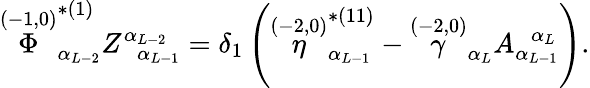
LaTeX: \stackrel{(-1,0)}{\Phi}_{\alpha_{L-2}}^{*(1)}Z_{\; \; \alpha_{L-1}}^{\alpha_{L-2}}=\delta_{1}\left(\stackrel{(-2,0)}{\eta}_{\alpha_{L-1}}^{*(11)}-\stackrel{(-2,0)}{\gamma}_{\alpha_{L}}A_{\alpha_{L-1}}^{\; \; \alpha_{L}}\right).